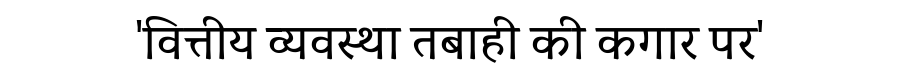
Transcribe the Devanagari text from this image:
'वित्तीय व्यवस्था तबाही की कगार पर'